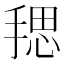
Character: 𪮏